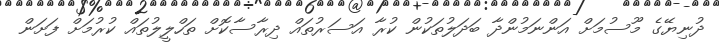
ދުނިޔޭގެ މޫސުމަށް އަންނަމުންދާ ބަދަލުތަކުން ކުރާ އަސަރުތައް ދިރާސާކޮށް ތަހްލީލުތައް ކުރުމަށް ފަށަން